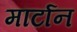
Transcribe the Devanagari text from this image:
मार्टान